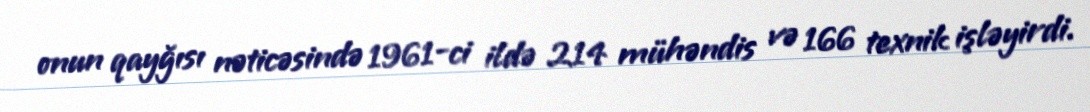
onun qayğısı nəticəsində 1961-ci ildə 214 mühəndis və 166 texnik işləyirdi.